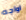
اواجه